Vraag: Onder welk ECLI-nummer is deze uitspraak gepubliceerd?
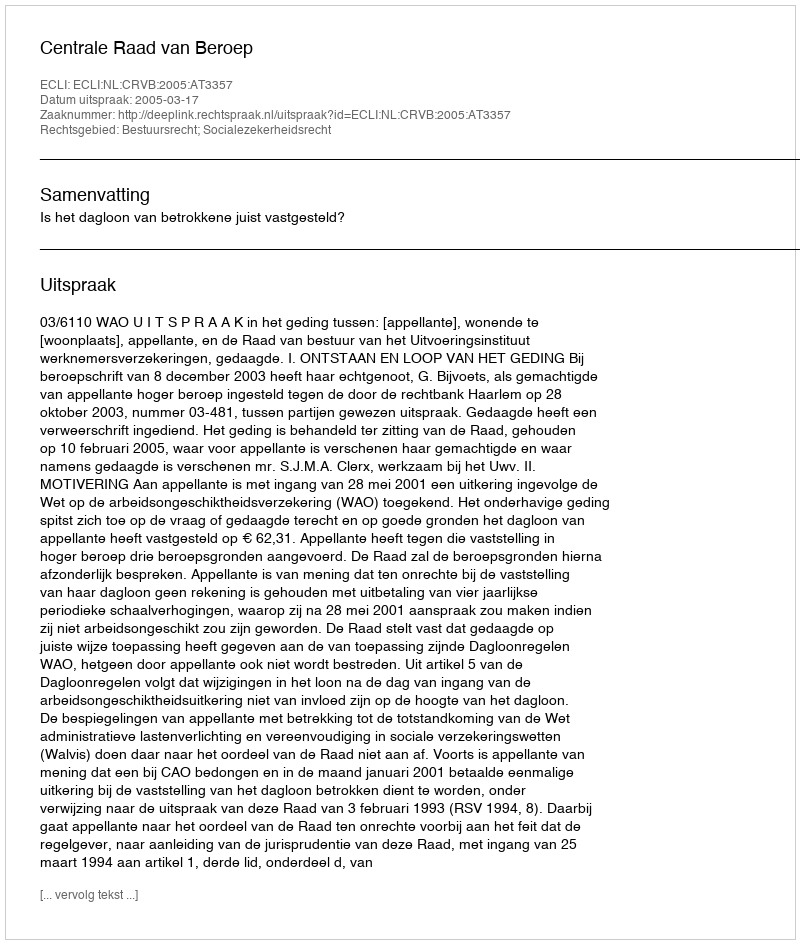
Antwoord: ECLI:NL:CRVB:2005:AT3357